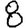
Digit: 8